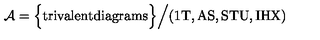
{ \cal A } = \Big \{ \mathrm { t r i v a l e n t d i a g r a m s } \Big \} \Big / \mathrm { ( 1 T , A S , S T U , I H X ) }